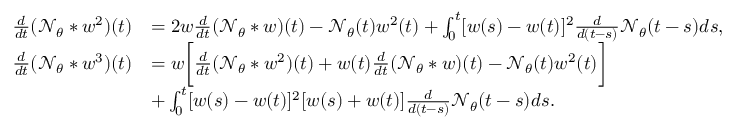
\begin{array} { r l } { \frac { d } { d t } ( \mathcal { N } _ { \theta } * w ^ { 2 } ) ( t ) } & { = 2 w \frac { d } { d t } ( \mathcal { N } _ { \theta } * w ) ( t ) - \mathcal { N } _ { \theta } ( t ) w ^ { 2 } ( t ) + \int _ { 0 } ^ { t } [ w ( s ) - w ( t ) ] ^ { 2 } \frac { d } { d ( t - s ) } \mathcal { N } _ { \theta } ( t - s ) d s , } \\ { \frac { d } { d t } ( \mathcal { N } _ { \theta } * w ^ { 3 } ) ( t ) } & { = w \bigg [ \frac { d } { d t } ( \mathcal { N } _ { \theta } * w ^ { 2 } ) ( t ) + w ( t ) \frac { d } { d t } ( \mathcal { N } _ { \theta } * w ) ( t ) - \mathcal { N } _ { \theta } ( t ) w ^ { 2 } ( t ) \bigg ] } \\ & { + \int _ { 0 } ^ { t } [ w ( s ) - w ( t ) ] ^ { 2 } [ w ( s ) + w ( t ) ] \frac { d } { d ( t - s ) } \mathcal { N } _ { \theta } ( t - s ) d s . } \end{array}